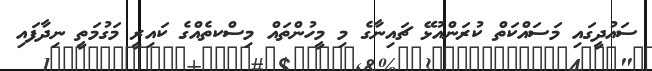
ސައުދީގައި މަސައްކަތް ކުރަންއުޅޭ ޗައިނާގެ މި މީހުންތައް މިސްކތެއްގެ ކައިރީ މަގުމަތީ ނިދާފައި